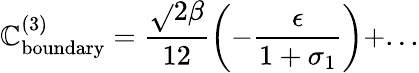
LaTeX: \mathbb{C}_{\mathrm{{boundary}}}^{(3)}=\frac{{\sqrt{}{{2}}\beta}}{{12}}\left(-\frac{{\epsilon}}{{1+\sigma_{1}}}\right)+...